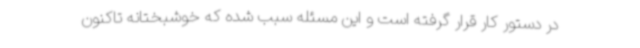
در دستور کار قرار گرفته است و این مسئله سبب شده که خوشبختانه تاکنون